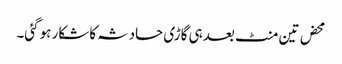
محض تین منٹ بعد ہی گاڑی حادثہ کا شکار ہوگئی۔